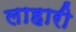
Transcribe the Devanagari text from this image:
लाहारी